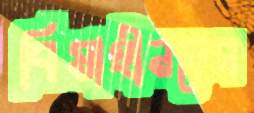
বিমাহীনদের